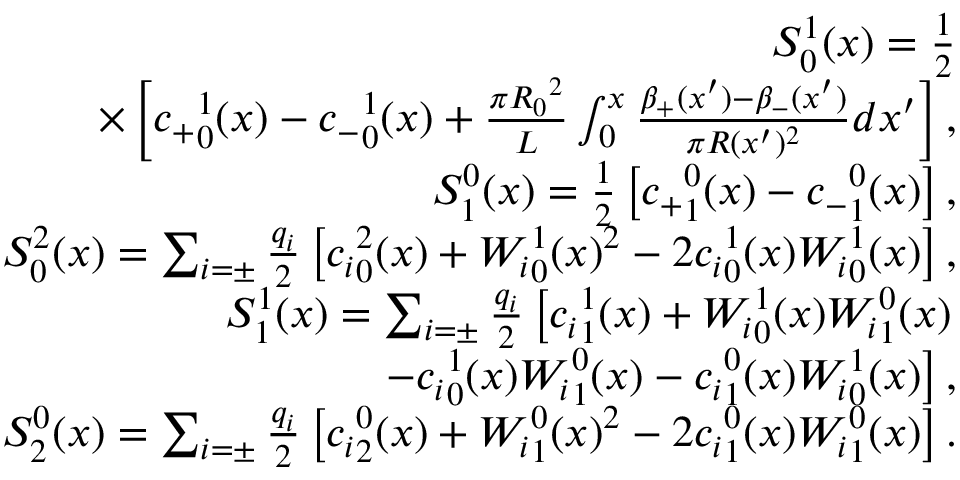
\begin{array} { r l r } & { } & { S _ { 0 } ^ { 1 } ( x ) = \frac { 1 } { 2 } } \\ & { } & { \times \left[ { c _ { + } } _ { 0 } ^ { 1 } ( x ) - { c _ { - } } _ { 0 } ^ { 1 } ( x ) + \frac { \pi { R _ { 0 } } ^ { 2 } } { L } \int _ { 0 } ^ { x } \frac { \beta _ { + } ( x ^ { \prime } ) - \beta _ { - } ( x ^ { \prime } ) } { \pi R ( x ^ { \prime } ) ^ { 2 } } d x ^ { \prime } \right] , } \\ & { } & { S _ { 1 } ^ { 0 } ( x ) = \frac { 1 } { 2 } \left[ { c _ { + } } _ { 1 } ^ { 0 } ( x ) - { c _ { - } } _ { 1 } ^ { 0 } ( x ) \right] , } \\ & { } & { S _ { 0 } ^ { 2 } ( x ) = \sum _ { i = \pm } \frac { q _ { i } } { 2 } \left[ { c _ { i } } _ { 0 } ^ { 2 } ( x ) + { W _ { i } } _ { 0 } ^ { 1 } ( x ) ^ { 2 } - 2 { c _ { i } } _ { 0 } ^ { 1 } ( x ) { W _ { i } } _ { 0 } ^ { 1 } ( x ) \right] , } \\ & { } & { S _ { 1 } ^ { 1 } ( x ) = \sum _ { i = \pm } \frac { q _ { i } } { 2 } \left[ { c _ { i } } _ { 1 } ^ { 1 } ( x ) + { W _ { i } } _ { 0 } ^ { 1 } ( x ) { W _ { i } } _ { 1 } ^ { 0 } ( x ) \right. } \\ & { } & { \qquad \qquad \qquad \qquad \left. - { c _ { i } } _ { 0 } ^ { 1 } ( x ) { W _ { i } } _ { 1 } ^ { 0 } ( x ) - { c _ { i } } _ { 1 } ^ { 0 } ( x ) { W _ { i } } _ { 0 } ^ { 1 } ( x ) \right] , } \\ & { } & { S _ { 2 } ^ { 0 } ( x ) = \sum _ { i = \pm } \frac { q _ { i } } { 2 } \left[ { c _ { i } } _ { 2 } ^ { 0 } ( x ) + { W _ { i } } _ { 1 } ^ { 0 } ( x ) ^ { 2 } - 2 { c _ { i } } _ { 1 } ^ { 0 } ( x ) { W _ { i } } _ { 1 } ^ { 0 } ( x ) \right] . } \end{array}